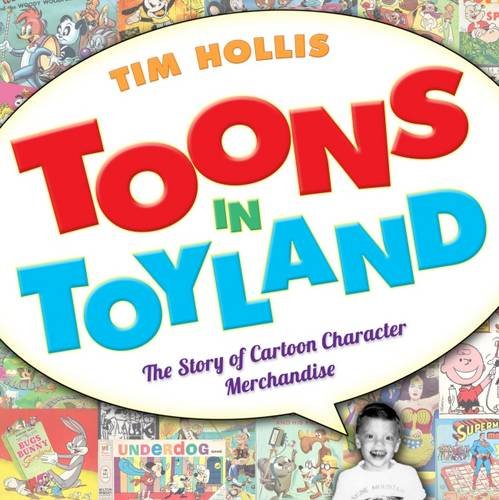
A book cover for Toons in Toyland: The Story of Cartoon Character Merchandise; Tim Hollis; Crafts, Hobbies & Home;